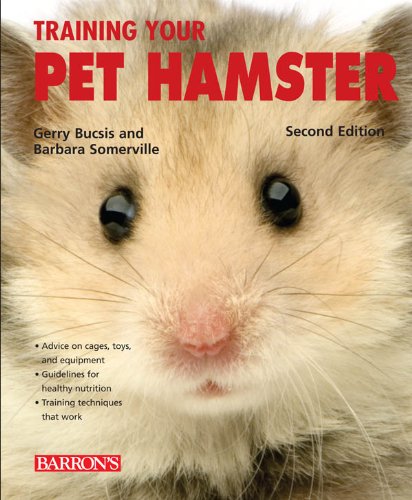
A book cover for Training Your Pet Hamster (Training Your Pet Series); Gerry Bucsis; Crafts, Hobbies & Home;